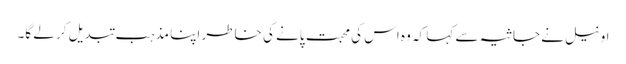
اونیل نے جاثیہ سے کہا کہ وہ اس کی محبت پانے کی خاطر اپنا مذہب تبدیل کر لے گا۔